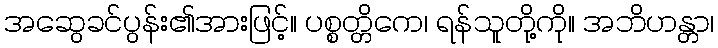
အဆွေခင်ပွန်း၏အားဖြင့်။ ပစ္စတ္တိကေ၊ ရန်သူတို့ကို။ အဘိဟန္တာ၊